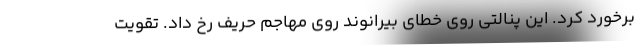
برخورد کرد. این پنالتی روی خطای بیرانوند روی مهاجم حریف رخ داد. تقویت